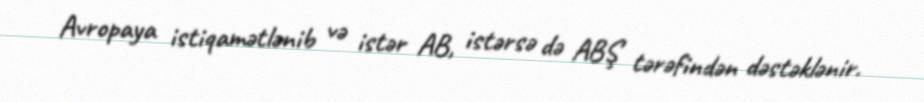
Avropaya istiqamətlənib və istər AB, istərsə də ABŞ tərəfindən dəstəklənir.